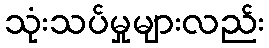
သုံးသပ်မှုများလည်း